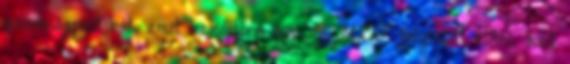
gazdaságpolitikát, amit kezdetben épp az MDF folytatott elítél. Kell